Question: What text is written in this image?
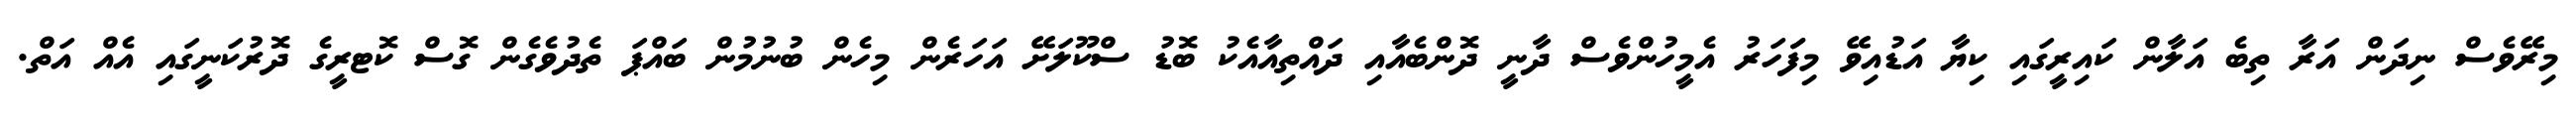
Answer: މިރޭވެސް ނިދަން އަރާ ތިބެ އަލާން ކައިރީގައި ކިޔާ އަޑުއިވޭ މިފަަހަރު އެމީހުންވެސް ދާނީ ދޮންބެއާއި ދައްތިއާއެކު ބޮޑު ސްކޫލަށޭ އަހަރެން މިހެން ބުނުމުން ބައްޕަ ތެދުވެގެން ގޮސް ކޮޓރީގެ ދޮރުކަނީގައި އެއް އަތް.